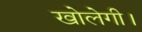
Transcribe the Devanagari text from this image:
खोलेगी।